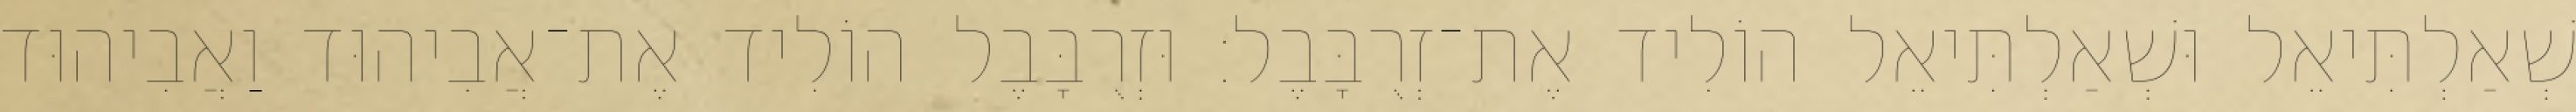
שְׁאַלְתִּיאֵל וּשְׁאַלְתִּיאֵל הוֹלִיד אֶת־זְרֻבָּבֶל׃ וּזְרֻבָּבֶל הוֹלִיד אֶת־אֲבִיהוּד וַאֲבִיהוּד